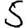
Digit: 5